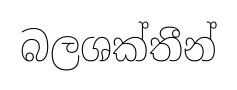
බලශක්තීන්